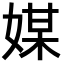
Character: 媒